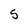
Character: 5